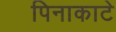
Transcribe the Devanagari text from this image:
पिनाकाटे